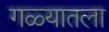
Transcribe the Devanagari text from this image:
गळ्यातला